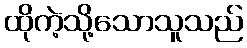
ထိုကဲ့သို့သောသူသည်